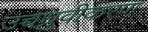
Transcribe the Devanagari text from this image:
उच्चध्रुवीकरण